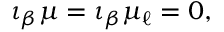
\iota _ { \beta } \mu = \iota _ { \beta } \mu _ { \ell } = 0 ,